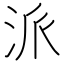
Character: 派